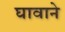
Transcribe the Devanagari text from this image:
घावाने